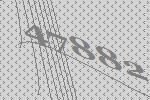
47882